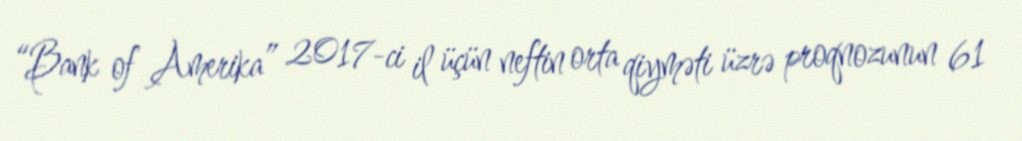
“Bank of Amerika” 2017-ci il üçün neftin orta qiyməti üzrə proqnozunun 61